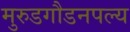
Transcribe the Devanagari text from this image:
मुरुडगौडनपल्य